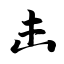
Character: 击